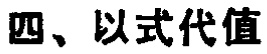
四、以式代值